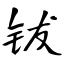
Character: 钹